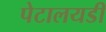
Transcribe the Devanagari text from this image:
पेटालयडी